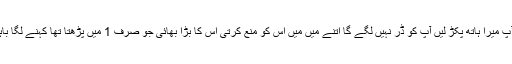
آؤ آپ کو باہر دکھاؤں کتنے پیارے جانور ہیں آپ میرا ہاتھ پکڑ لیں آپ کو ڈر نہیں لگے گا اتنے میں میں اس کو منع کرتی اس کا بڑا بھائی جو صرف 1 میں پڑھتا تھا کہنے لگا باہر بڑے بچے کھڑے ہیں آپی باہر نہیں آئیں گی۔